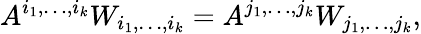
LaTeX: A^{i_{1},\dots,i_{k}}W_{i_{1},\dots,i_{k}}=A^{j_{1},\dots,j_{k}}W_{j_{1},\dots,j_{k}},